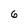
Character: 6